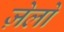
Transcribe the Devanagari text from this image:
ज़ेलो